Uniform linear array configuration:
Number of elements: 16
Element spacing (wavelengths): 0.25
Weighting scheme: hann
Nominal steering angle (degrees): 30
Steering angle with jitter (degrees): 29.247
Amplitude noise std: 0.05
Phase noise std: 0.05

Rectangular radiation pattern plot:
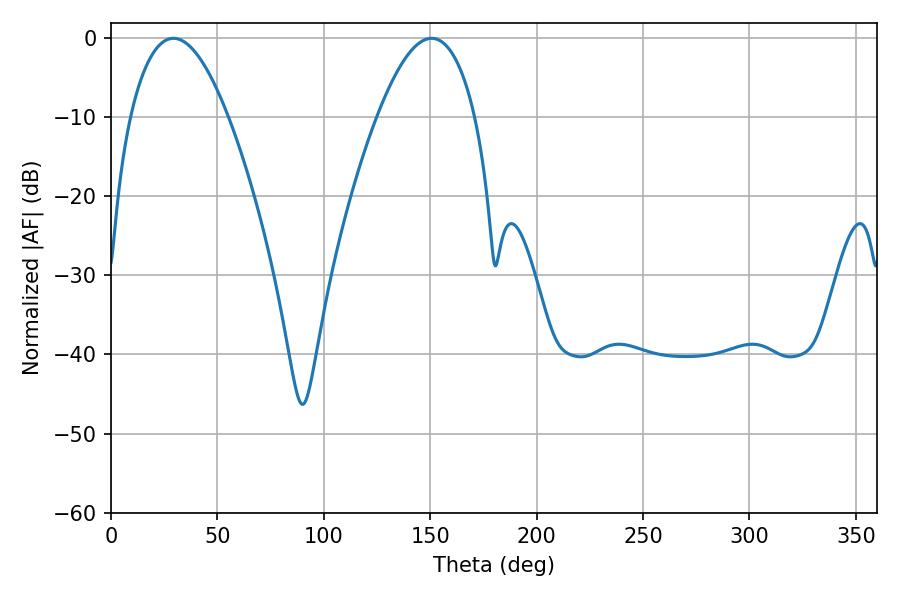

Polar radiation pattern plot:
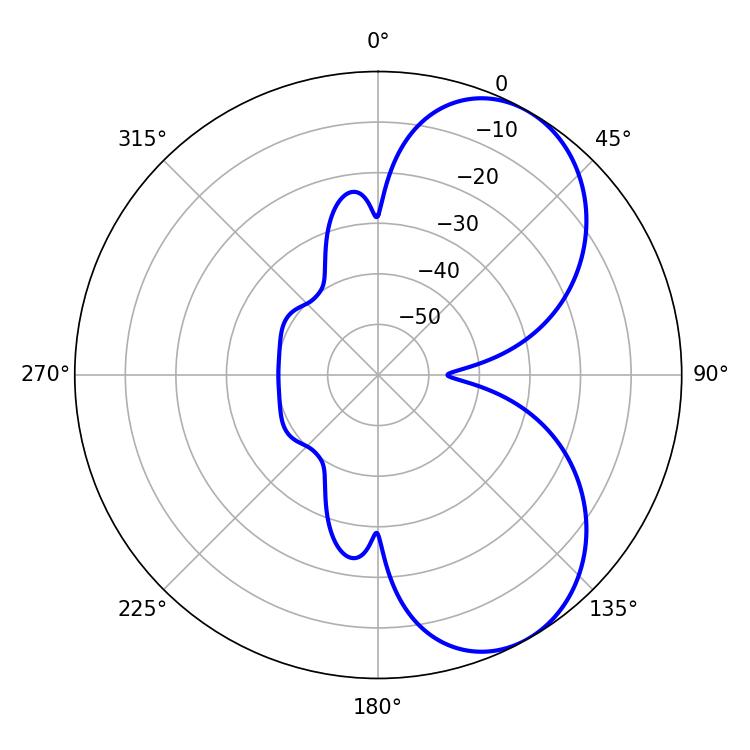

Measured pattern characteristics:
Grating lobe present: FALSE
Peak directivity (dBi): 6.208
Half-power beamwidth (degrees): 25.38
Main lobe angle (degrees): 29.34